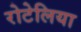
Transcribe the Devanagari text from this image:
रोटेलिया